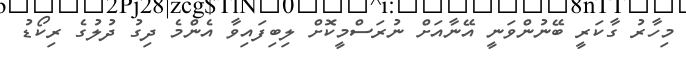
މިހާރު ގާކަރީ ބޭނުންވަނީ އޭނާއަށް ނުރަސްމީކޮށް ލިބިފައިވާ އެންމެ ދިގު ދުލުގެ ރިކޯޑު